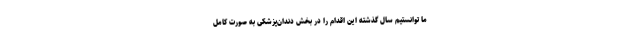
ما توانستیم سال گذشته این اقدام را در بخش دندان‌پزشکی به صورت کامل